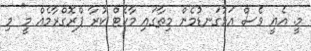
މީ. އެއީ ވެސް އަޅުގަނޑުމެން މިތާގައި މާކެޓް ކުރާ ޕްރޮގްރާމެއް މީ'' މި